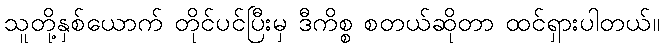
သူတို့နှစ်ယောက် တိုင်ပင်ပြီးမှ ဒီကိစ္စ စတယ်ဆိုတာ ထင်ရှားပါတယ်။